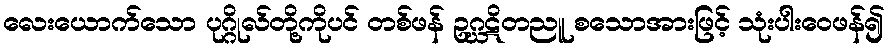
လေးယောက်သော ပုဂ္ဂိုလ်တို့ကိုပင် တစ်ဖန် ဥဂ္ဃဋိတညူ စသောအားဖြင့် သုံးပါးဝေဖန်၍